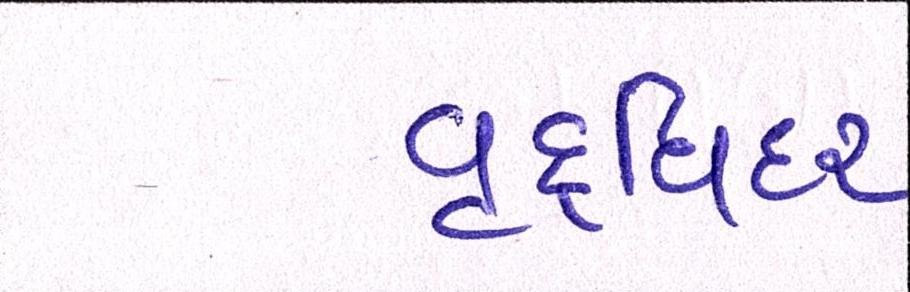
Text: વૃદ્ધિદર